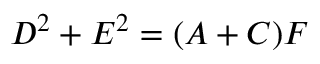
D ^ { 2 } + E ^ { 2 } = ( A + C ) F